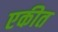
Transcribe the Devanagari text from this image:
एकीत